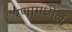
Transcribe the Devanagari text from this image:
रणामधील